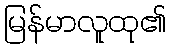
မြန်မာလူထု၏